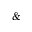
\&